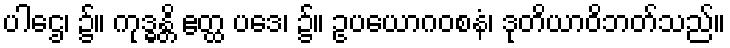
ပါဌေ၊ ၌။ ကုဒ္ဓန္တိ ဧတ္ထ ပဒေ၊ ၌။ ဥပယောဂဝစနံ၊ ဒုတိယာဝိဘတ်သည်။